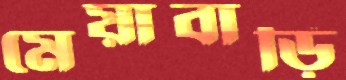
মেয়াবাড়ি